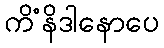
ကိံနိဒါနောပေ